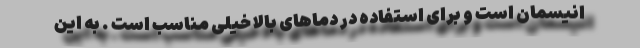
انیسمان است و برای استفاده در دماهای بالا خیلی مناسب است . به این